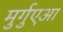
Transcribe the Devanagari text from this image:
मुर्गुएआ